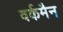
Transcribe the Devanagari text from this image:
वर्कमैन